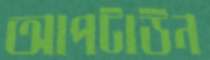
আপটাউন